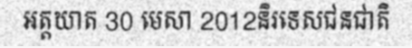
អត្តឃាត 30 មេសា 2012និរទេសជនជាតិ